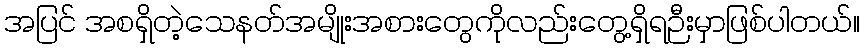
အပြင် အစရှိတဲ့သေနတ်အမျိုးအစားတွေကိုလည်းတွေ့ရှိရဉီးမှာဖြစ်ပါတယ်။